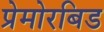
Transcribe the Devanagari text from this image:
प्रेमोरबिड